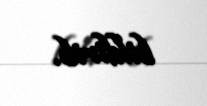
bildirib.